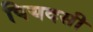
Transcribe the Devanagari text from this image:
पियदसी